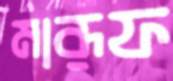
মারূফ